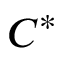
C ^ { * }